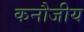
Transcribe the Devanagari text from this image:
कनौजीय